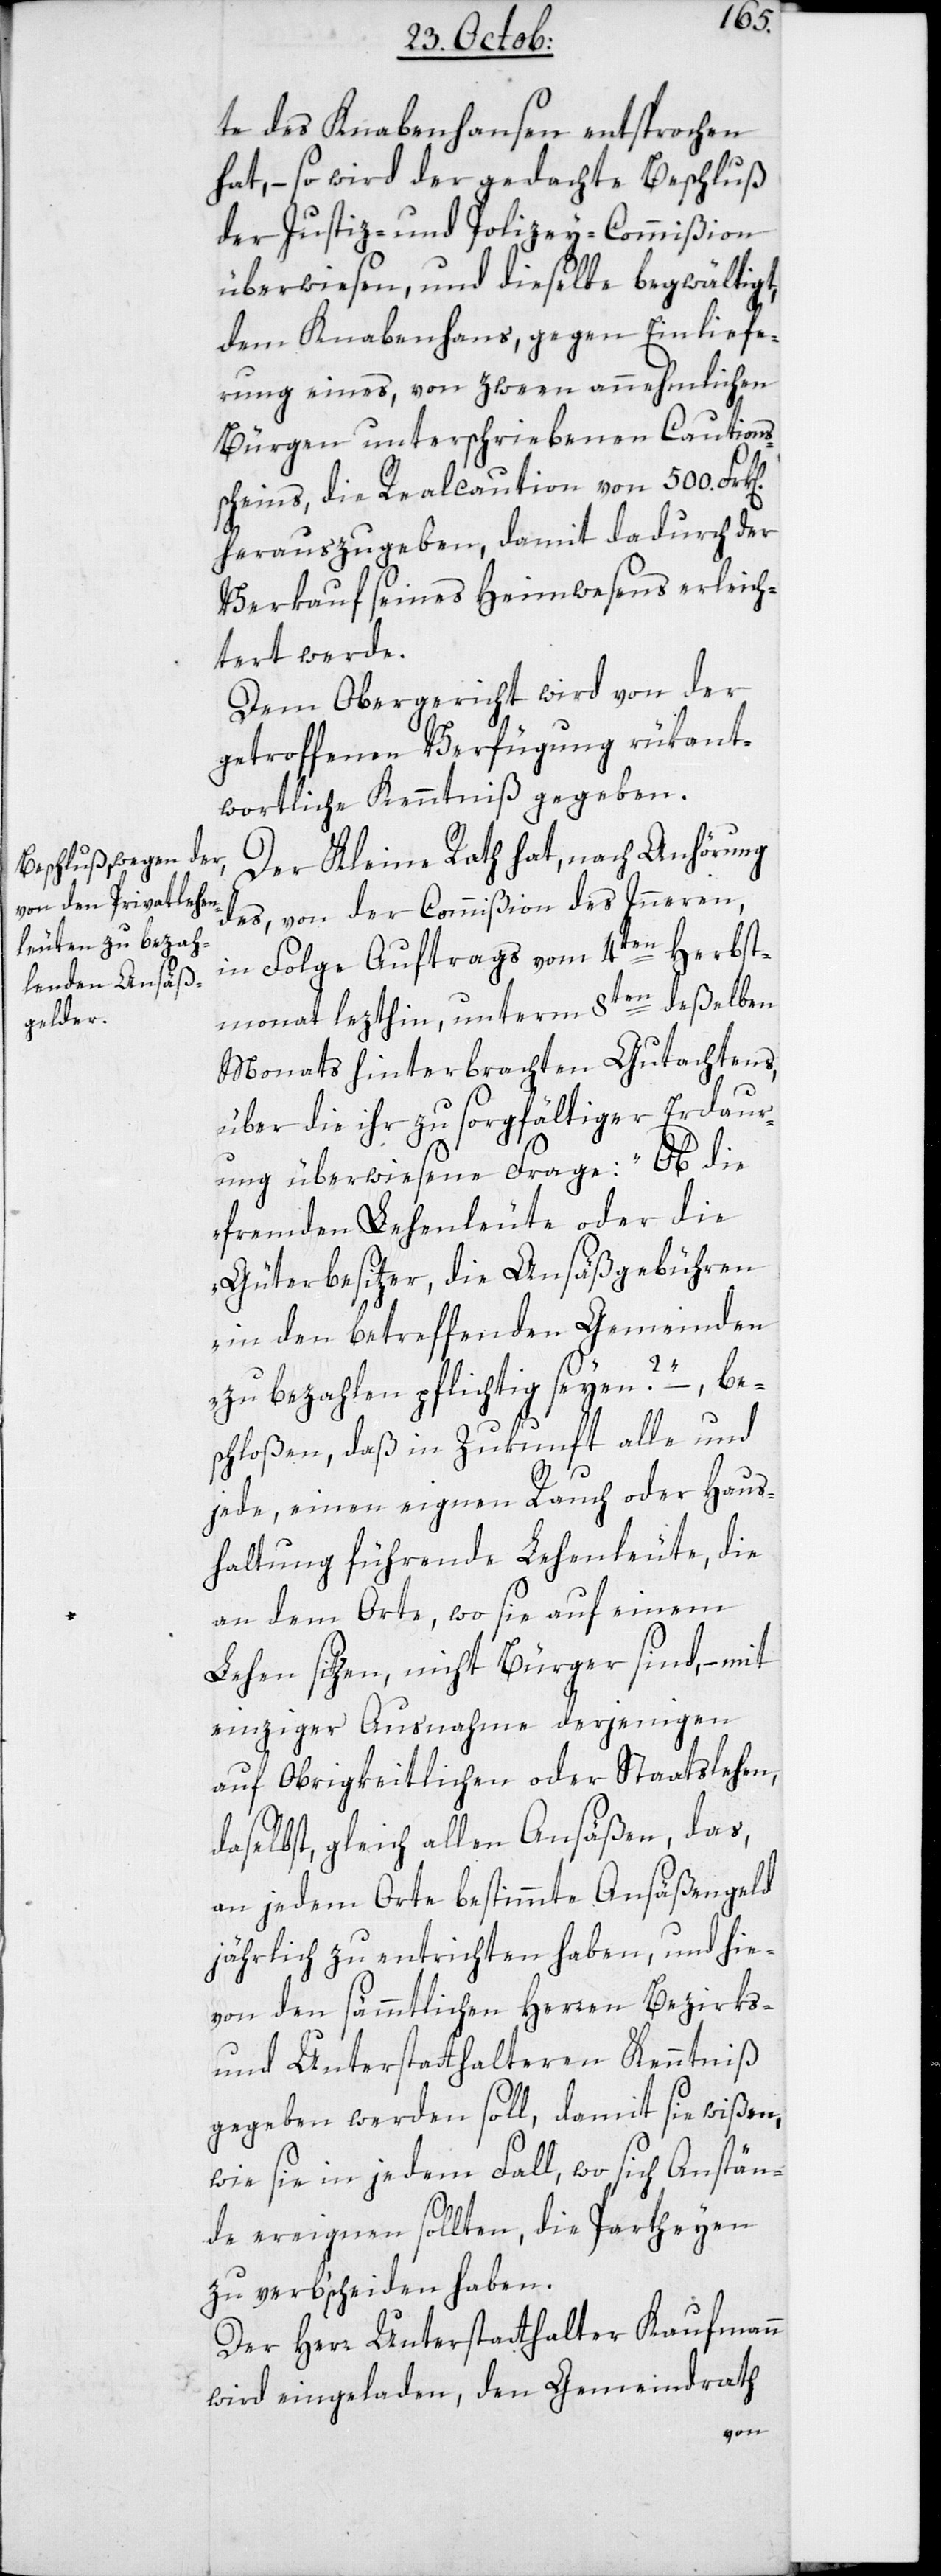
te des Knabenhansen entsprochen
hat, – so wird der gedachte Beschluß
der Justiz- und Polizey-Commißion
überwiesen, und dieselbe begwältigt,
dem Knabenhans, gegen Einliefe¬
rung eines, von zween annehmlichen
Bürgen unterschriebenen Cautions¬
scheins, die Realcaution von 500.
herauszugeben, damit dadurch der
Verkauf seines Heimwesens erleich¬
tert werde.
Dem Obergericht wird von der
getroffenen Verfügung rükant¬
wortliche Kenntniß gegeben.
Der Kleine Rath hat, nach Anhörung
des von der Commißion des Innern,
in Folge Auftrags vom 4ten Herbst¬
monat lezthin, unterm 8ten deßelben
Monats hinterbrachten Gutachtens,
über die ihr zu sorgfältiger Erdaur¬
ung überwiesene Frage: „Ob die
fremden Lehenleute oder die
Güterbesitzer, die Ansäßgebühren
in den betreffenden Gemeinden
zu bezahlen pflichtig seyen?“ – be¬
schloßen, daß in Zukunft alle und
jede, einen eignen Rauch oder Haus¬
haltung führende Lehenleute, die
an dem Orte, wo sie auf einem
Lehen sitzen, nicht Bürger sind, – mit
einziger Ausnahme derjenigen
auf Obrigkeitlichen oder Staatslehen,
daselbst, gleich allen Ansäßen, das
an jedem Orte bestimmte Ansäßengeld
jährlich zu entrichten haben, und hie¬
von den sämmtlichen Herren Bezirks-
und Unterstatthalteren Kenntniß
gegeben werden soll, damit sie wißen,
wie sie in jedem Fall, wo sich Anstän¬
de ereignen sollten, die Partheyen
zu verbscheiden haben.
Der Herr Unterstatthalter Kaufmann
wird eingeladen, den Gemeindrath